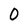
Character: 0